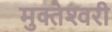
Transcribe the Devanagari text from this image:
मुक्‍तेश्‍वरी